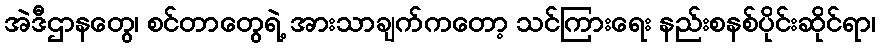
အဲဒီဌာနတွေ၊ စင်တာတွေရဲ့ အားသာချက်ကတော့ သင်ကြားရေး နည်းစနစ်ပိုင်းဆိုင်ရာ၊